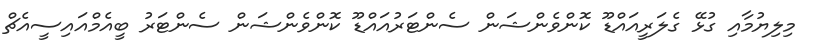
މިލިޔުމާއި ގުޅޭ ގެލަރީއައްޑޫ ކޮންވެންޝަން ސެންޓަރުއައްޑޫ ކޮންވެންޝަން ސެންޓަރު ބީއެމްއައިސީއެޗް